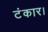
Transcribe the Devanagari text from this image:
टंकार।